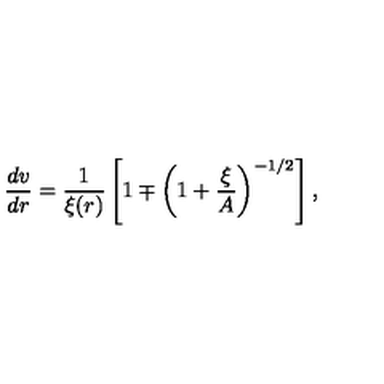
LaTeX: \frac { d v } { d r } = \frac { 1 } { \xi ( r ) } \left[ 1 \mp \left( 1 + \frac { \xi } { A } \right) ^ { - 1 / 2 } \right] ,